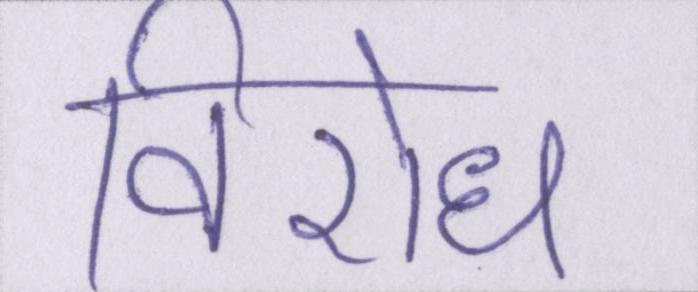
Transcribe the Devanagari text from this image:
विरोध